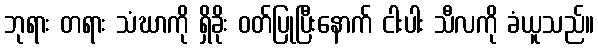
ဘုရား တရား သံဃာကို ရှိခိုး ဝတ်ပြုပြီးနောက် ငါးပါး သီလကို ခံယူသည်။